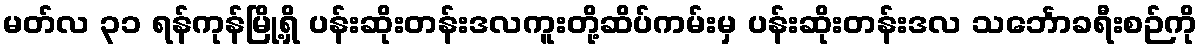
မတ်လ ၃၁ ရန်ကုန်မြို့ရှိ ပန်းဆိုးတန်းဒလကူးတို့ဆိပ်ကမ်းမှ ပန်းဆိုးတန်းဒလ သင်္ဘောခရီးစဉ်ကို